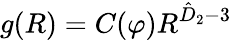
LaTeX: g(R)=C(\varphi)R^{\hat{D}_{2}-{3}}